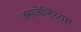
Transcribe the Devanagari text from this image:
जसजेन्टि्रयम